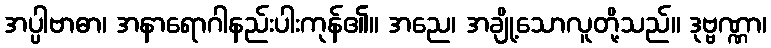
အပ္ပါဗာဓာ၊ အနာရောဂါနည်းပါးကုန်၏။ အညေ၊ အချို့သောလူတို့သည်။ ဒုဗ္ဗဏ္ဏာ၊